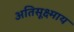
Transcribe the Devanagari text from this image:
अतिसूक्ष्माय